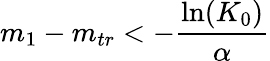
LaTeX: m_{1}-m_{tr}<-\displaystyle\frac{\ln(K_{0})}{\alpha}